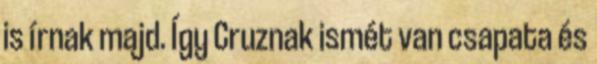
is írnak majd. Így Cruznak ismét van csapata és